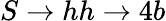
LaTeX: S\rightarrow hh\rightarrow 4b